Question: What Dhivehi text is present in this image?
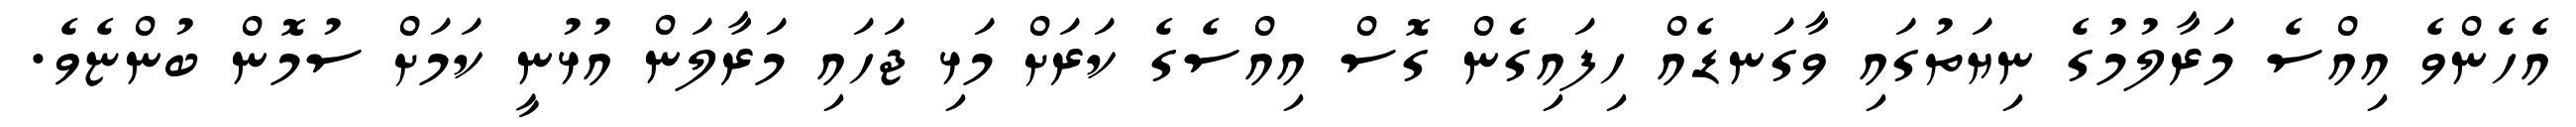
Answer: އެހެންވެ އިއްސެ މަރާލުމުގެ ނިޔަތުގައި ވާގަނޑެއް ހިފައިގެން ގޮސް އިއްސެގެ ކަރަށް މަޅި ޖަހައި މަރާލަން އުޅުނީ ކަމަށް ސުމޮން ބުންޏެވެ.